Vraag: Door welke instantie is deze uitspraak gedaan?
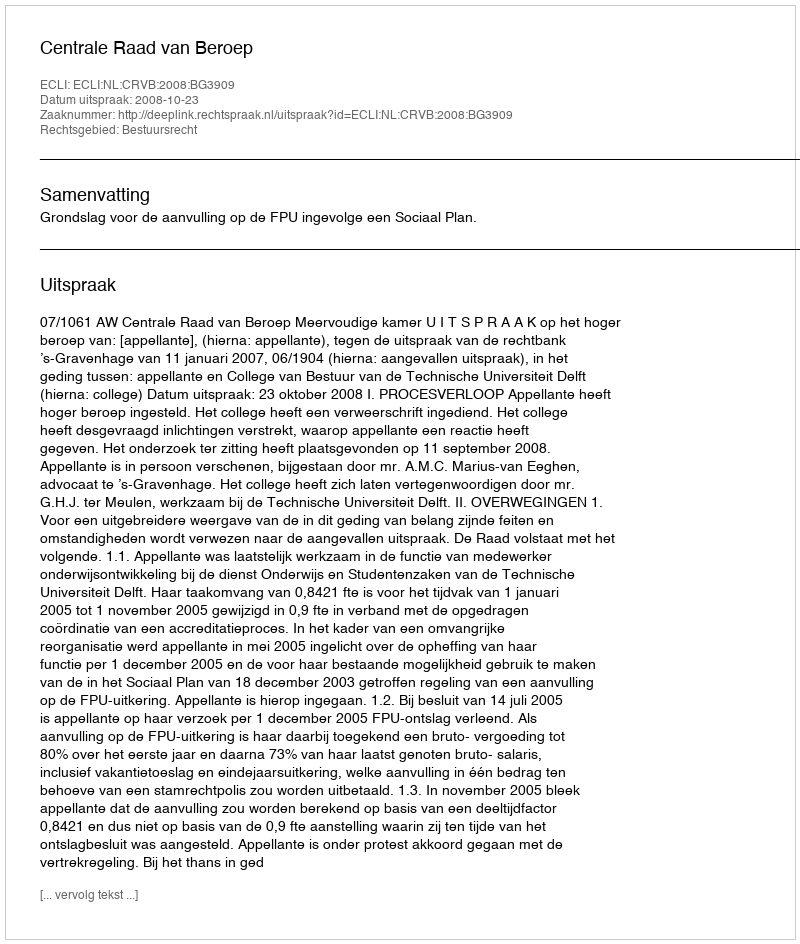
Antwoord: Centrale Raad van Beroep